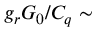
g _ { r } G _ { 0 } / C _ { q } \sim